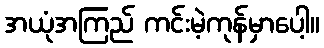
အယုံအကြည် ကင်းမဲ့ကုန်မှာပေါ့။